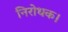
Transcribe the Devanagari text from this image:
निरोधक।